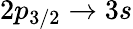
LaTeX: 2p_{3/2}\rightarrow 3s